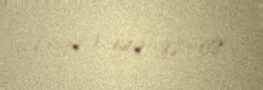
(099) 549-92-08